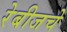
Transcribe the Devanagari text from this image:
रेबीजचे